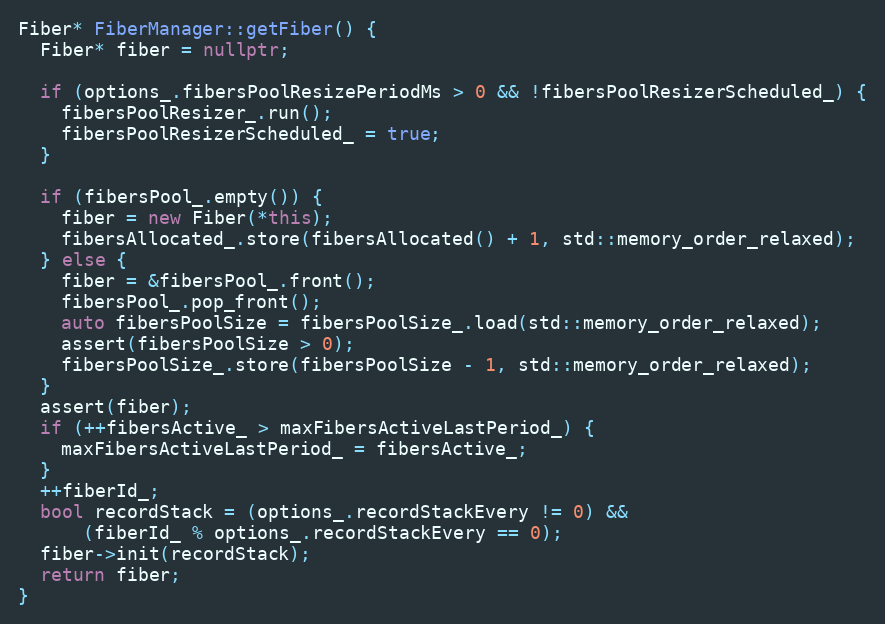
Language: C++
Fiber* FiberManager::getFiber() {
  Fiber* fiber = nullptr;

  if (options_.fibersPoolResizePeriodMs > 0 && !fibersPoolResizerScheduled_) {
    fibersPoolResizer_.run();
    fibersPoolResizerScheduled_ = true;
  }

  if (fibersPool_.empty()) {
    fiber = new Fiber(*this);
    fibersAllocated_.store(fibersAllocated() + 1, std::memory_order_relaxed);
  } else {
    fiber = &fibersPool_.front();
    fibersPool_.pop_front();
    auto fibersPoolSize = fibersPoolSize_.load(std::memory_order_relaxed);
    assert(fibersPoolSize > 0);
    fibersPoolSize_.store(fibersPoolSize - 1, std::memory_order_relaxed);
  }
  assert(fiber);
  if (++fibersActive_ > maxFibersActiveLastPeriod_) {
    maxFibersActiveLastPeriod_ = fibersActive_;
  }
  ++fiberId_;
  bool recordStack = (options_.recordStackEvery != 0) &&
      (fiberId_ % options_.recordStackEvery == 0);
  fiber->init(recordStack);
  return fiber;
}